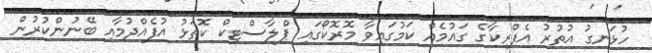
ހުޅަނގު އުތުރު އެފްރިކާގެ ގައުމެއް ކަމުގައިވާ މޮރޮކޯގައި ޕްލާސްޓިކް ކޮތަޅު އުފެއްދުމާއި ބޭނުންކުރުން